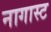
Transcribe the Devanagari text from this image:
नागास्ट